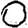
Digit: 0